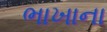
ભાખાના